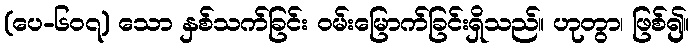
(ပေ-၆၀၇) သော နှစ်သက်ခြင်း ဝမ်းမြောက်ခြင်းရှိသည်။ ဟုတွာ၊ ဖြစ်၍။